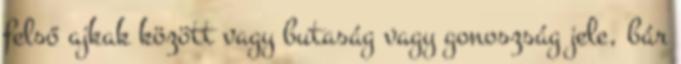
felső ajkak között vagy butaság vagy gonoszság jele, bár